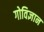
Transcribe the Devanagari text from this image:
गोविज्ञान